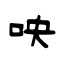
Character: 咉